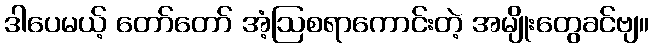
ဒါပေမယ့် တော်တော် အံ့ဩစရာကောင်းတဲ့ အမျိုးတွေခင်ဗျ။